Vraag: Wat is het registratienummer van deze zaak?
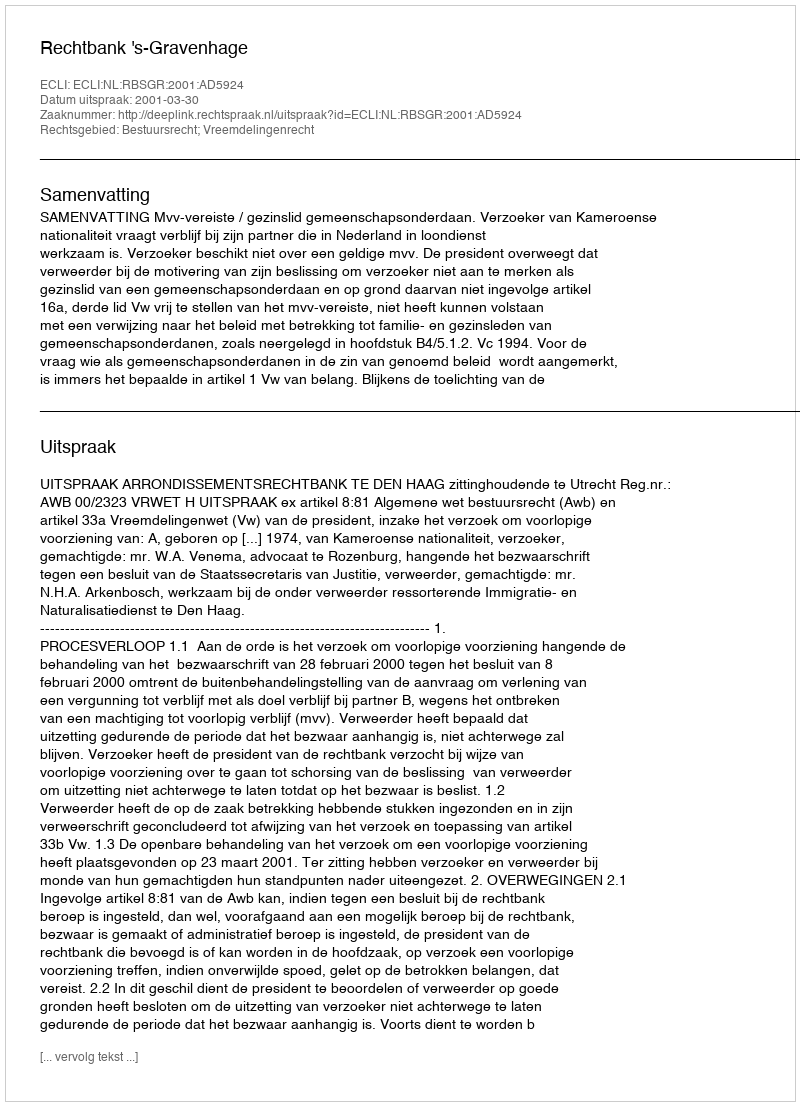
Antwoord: http://deeplink.rechtspraak.nl/uitspraak?id=ECLI:NL:RBSGR:2001:AD5924